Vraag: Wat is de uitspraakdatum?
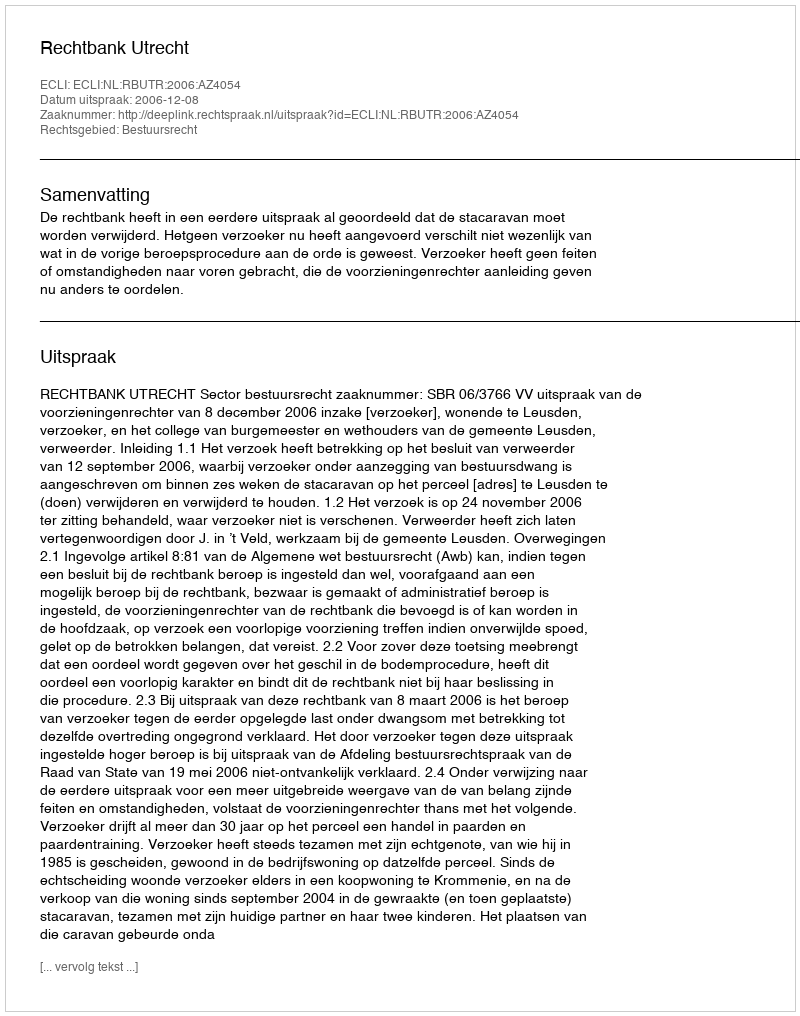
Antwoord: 2006-12-08